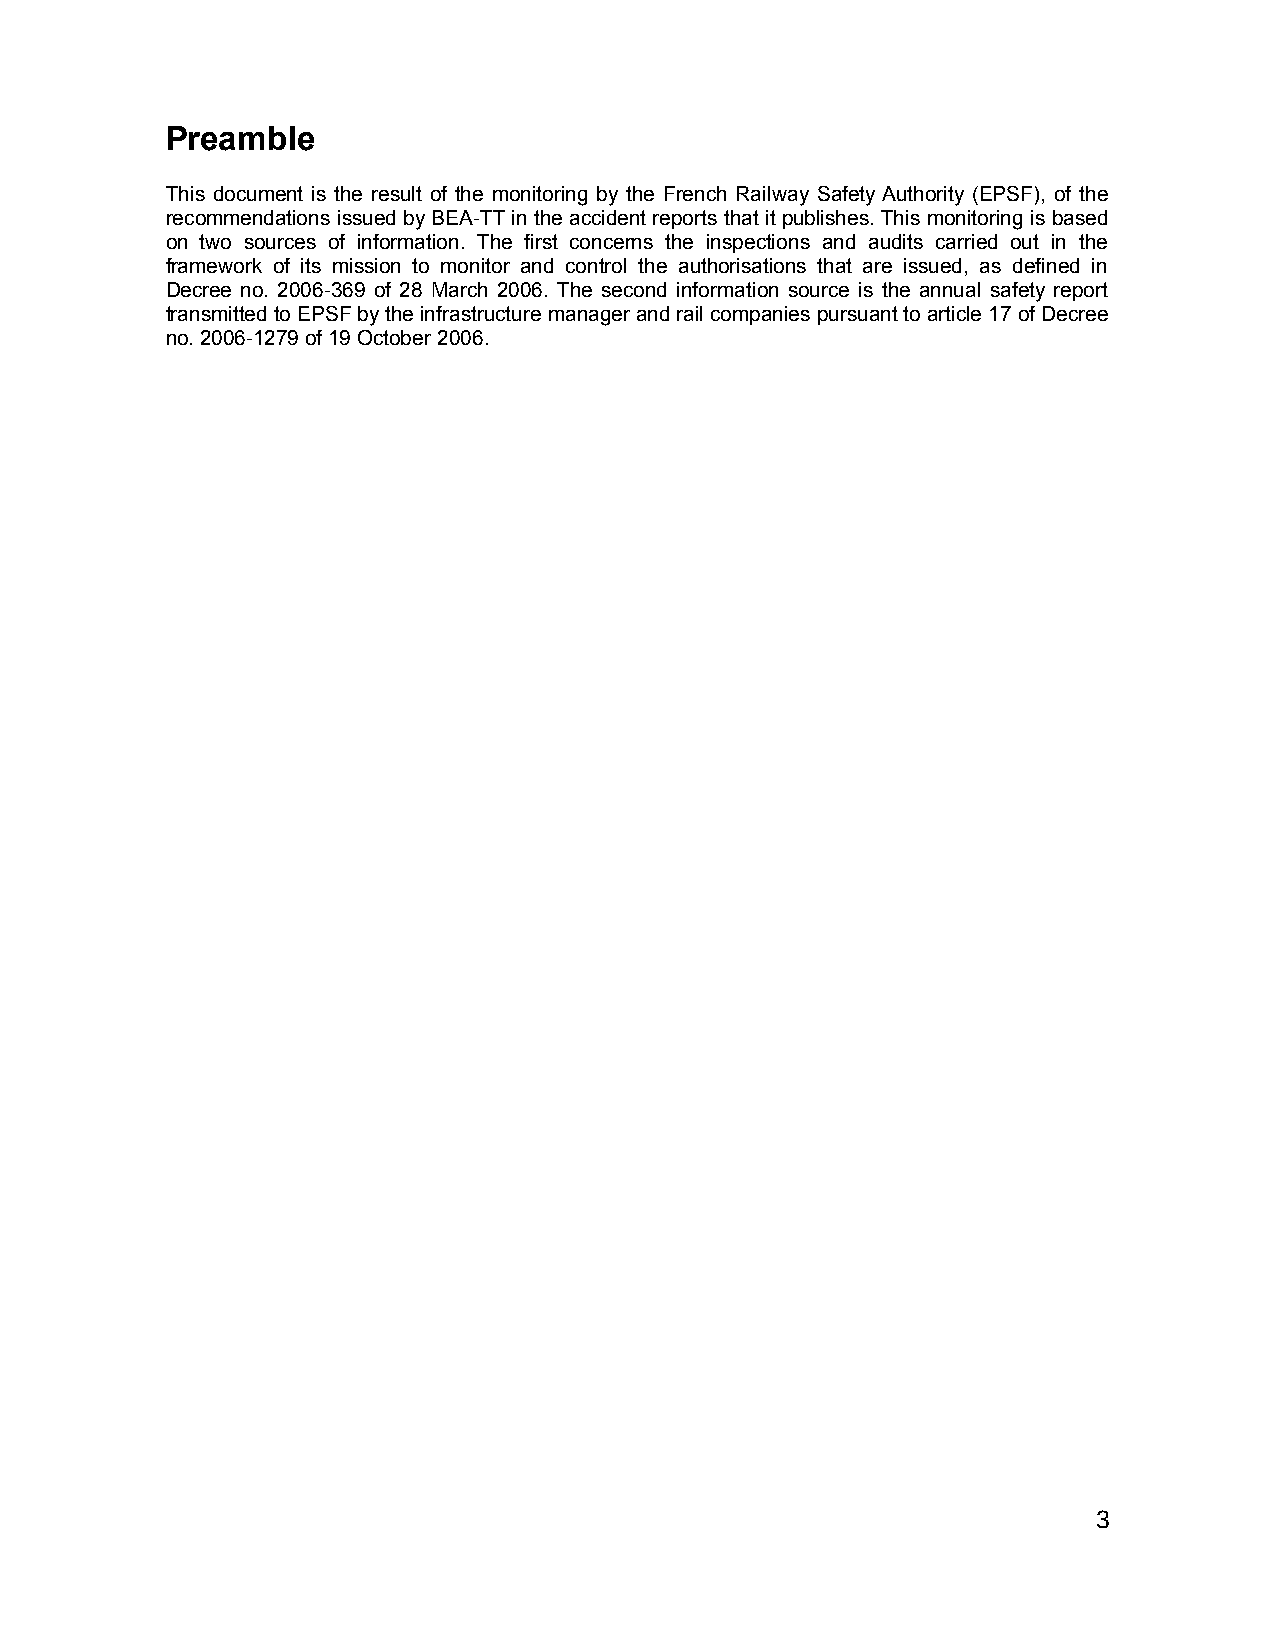
Preamble
 This document is the result of the monitoring by the French Railway Safety Authority (EPSF), of the
 recommendations issued by BEA-TT in the accident reports that it publishes. This monitoring is based
 on two sources of information. The first concerns the inspections and audits carried out in the
 framework of its mission to monitor and control the authorisations that are issued, as defined in
 Decree no. 2006-369 of 28 March 2006. The second information source is the annual safety report
 transmitted to EPSF by the infrastructure manager and rail companies pursuant to article 17 of Decree
 no. 2006-1279 of 19 October 2006.
 3